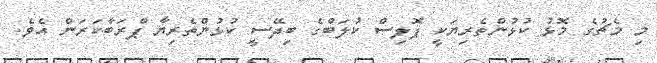
މި މެޗުގެ މޮޅު ކުޅުންތެރިޔަކީ ޕޮލިސް ކުލަބްގެ ބިދޭސީ ކުޅުންތެރިޔާ ޕްރަބާކަރަން އެެވެ.